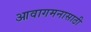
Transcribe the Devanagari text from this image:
आवागमनासाठी